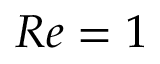
R e = 1